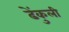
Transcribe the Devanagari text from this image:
ढेंकुली